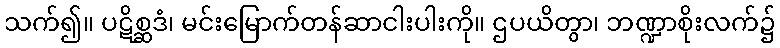
သက်၍။ ပဋိစ္ဆဒံ၊ မင်းမြောက်တန်ဆာငါးပါးကို။ ဌပယိတွာ၊ ဘဏ္ဍာစိုးလက်၌